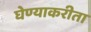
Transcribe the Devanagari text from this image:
घेण्याकरीता